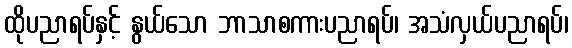
ထိုပညာရပ်နှင့် နွယ်သော ဘာသာစကားပညာရပ်၊ အသံလှယ်ပညာရပ်၊